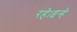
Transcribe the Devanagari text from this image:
रहे।इन्हे